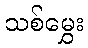
သစ်မွှေး